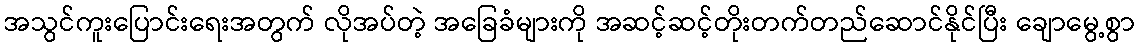
အသွင်ကူးပြောင်းရေးအတွက် လိုအပ်တဲ့ အခြေခံများကို အဆင့်ဆင့်တိုးတက်တည်ဆောင်နိုင်ပြီး ချောမွေ့စွာ